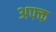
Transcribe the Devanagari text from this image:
अफ्क